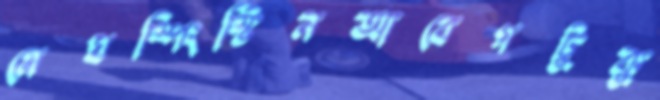
মেঘস্পিংস্টিনআবেগটুকু